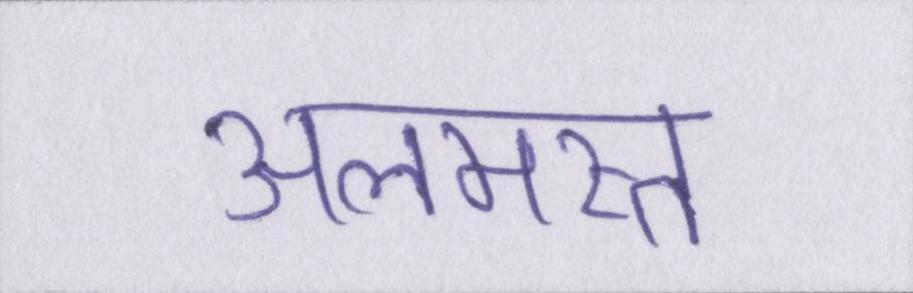
अलमस्त